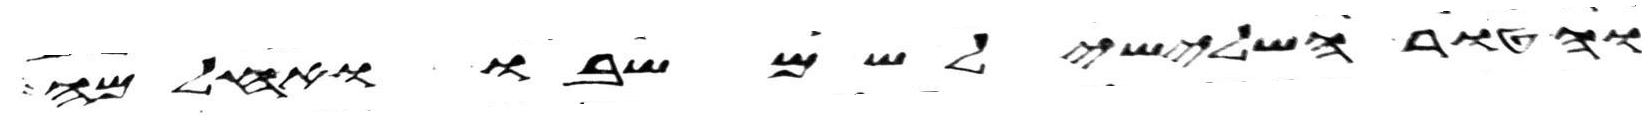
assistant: והטור השלישי לשם שבו ואחלמה